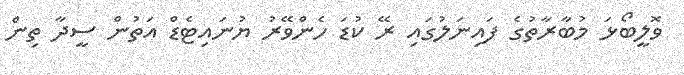
ވޮލީބޯޅަ މުބާރާތުގެ ފައިނަލުގައި ރޭ ކުޑަ ހެންވޭރު ޔުނައިޓެޑް އަތުން ސީދާ ތިން